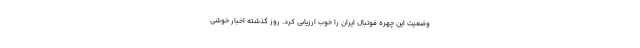
وضعیت این چهره فوتبال ایران را خوب ارزیابی کرد. روز گذشته اخبار خوشی